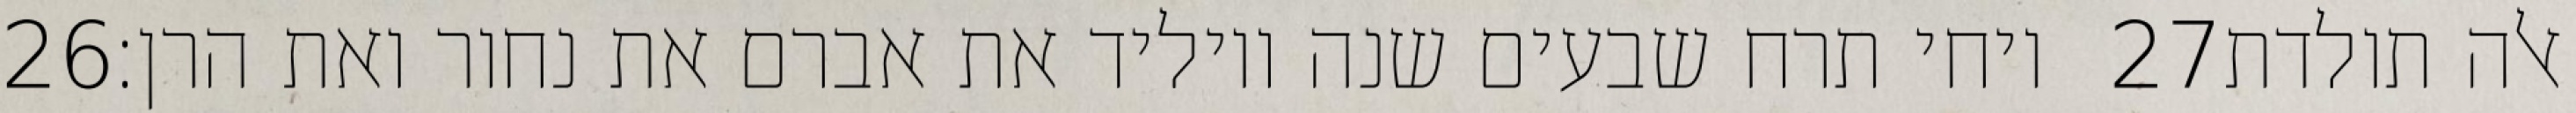
‎26‏ ויחי תרח שבעים שנה ויוליד את אברם את נחור ואת הרן׃ ‎27‏ אלה תולדת